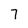
Character: 7